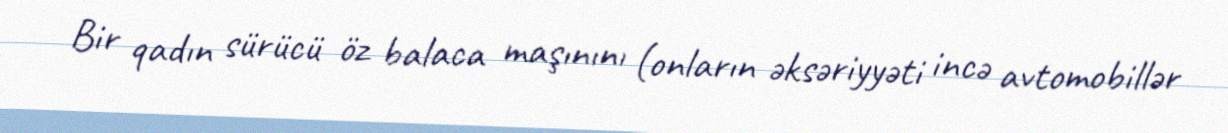
Bir qadın sürücü öz balaca maşınını (onların əksəriyyəti incə avtomobillər